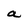
Character: a